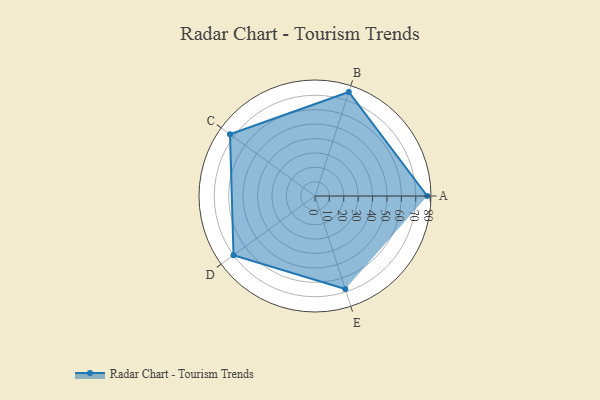
{"axis": {"x": "Skill", "y": "Score"}, "legend": ["Profile"], "data": [{"x": "A", "y": 78.0, "type": "Profile"}, {"x": "B", "y": 76.0, "type": "Profile"}, {"x": "C", "y": 73.0, "type": "Profile"}, {"x": "D", "y": 70.0, "type": "Profile"}, {"x": "E", "y": 68.0, "type": "Profile"}]}